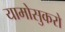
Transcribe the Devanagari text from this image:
यामोसुकरो